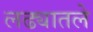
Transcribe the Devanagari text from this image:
लढ्यातले